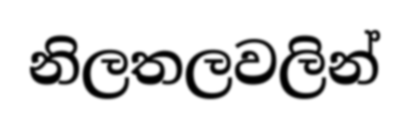
නිලතලවලින්